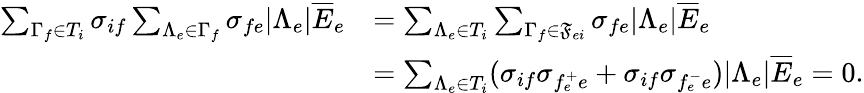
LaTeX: \begin{array}{rl}{\sum_{\Gamma_{f}\in T_{i}}\sigma_{if}\sum_{\Lambda_{e}\in\Gamma_{f}}\sigma_{fe}\lvert\Lambda_{e}\rvert\overline{{E}}_{e}}&{=\sum_{\Lambda_{e}\in T_{i}}\sum_{\Gamma_{f}\in\mathfrak{F}_{ei}}\sigma_{fe}\lvert\Lambda_{e}\rvert\overline{{E}}_{e}}\\ &{=\sum_{\Lambda_{e}\in T_{i}}(\sigma_{if}\sigma_{f_{e}^{+}e}+\sigma_{if}\sigma_{f_{e}^{-}e})\lvert\Lambda_{e}\rvert\overline{{E}}_{e}=0.}\end{array}